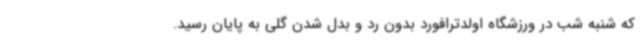
که شنبه شب در ورزشگاه اولدترافورد بدون رد و بدل شدن گلی به پایان رسید.